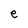
Character: e